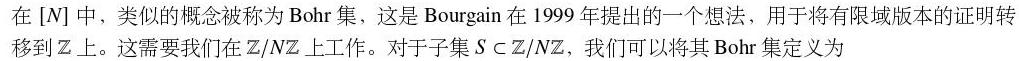
在 $[N]$ 中，类似的概念被称为 Bohr 集，这是 Bourgain 在 1999 年提出的一个想法，用于将有限域版本的证明转移到 $\mathbb{Z}$ 上。这需要我们在 $\mathbb{Z}/N\mathbb{Z}$ 上工作。对于子集 $S\subset \mathbb{Z}/N\mathbb{Z}$，我们可以将其 Bohr 集定义为